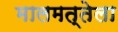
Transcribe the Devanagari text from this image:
मालमत्तेला